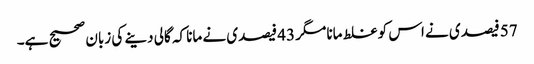
57 فیصدی نے اس کو غلط مانا مگر 43 فیصدی نے مانا کہ گالی دینے کی زبان صحیح ہے۔